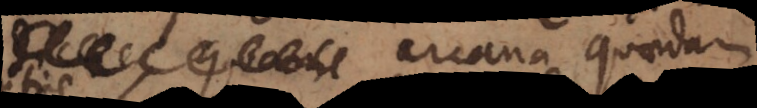
arcana quaedam